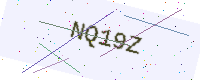
Text: NQ19Z